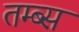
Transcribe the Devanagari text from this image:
तम्ब्स